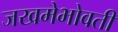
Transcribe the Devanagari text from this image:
जखमेभोवती